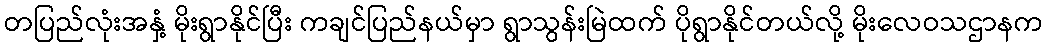
တပြည်လုံးအနှံ့ မိုးရွာနိုင်ပြီး ကချင်ပြည်နယ်မှာ ရွာသွန်းမြဲထက် ပိုရွာနိုင်တယ်လို့ မိုးလေဝသဌာနက